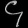
Digit: ၄